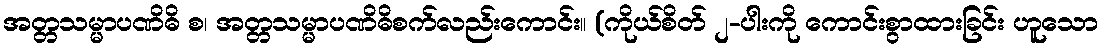
အတ္တသမ္မာပဏိဓိ စ၊ အတ္တသမ္မာပဏိဓိစက်လည်းကောင်း။ (ကိုယ်စိတ် ၂-ပါးကို ကောင်းစွာထားခြင်း ဟူသော